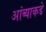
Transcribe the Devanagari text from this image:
आंब्याकडे